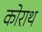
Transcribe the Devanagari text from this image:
कोराथ